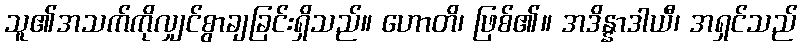
သူ၏အသက်ကိုလျှင်စွာချခြင်းရှိသည်။ ဟောတိ၊ ဖြစ်၏။ အဒိန္နာဒါယီ၊ အရှင်သည်